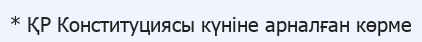
* ҚР Конституциясы күніне арналған көрме